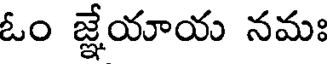
ఓం జ్ఞేయాయ నమః